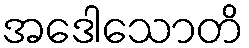
အဒေါသောတိ